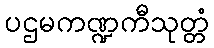
ပဌမကဏ္ဍကီသုတ္တံ